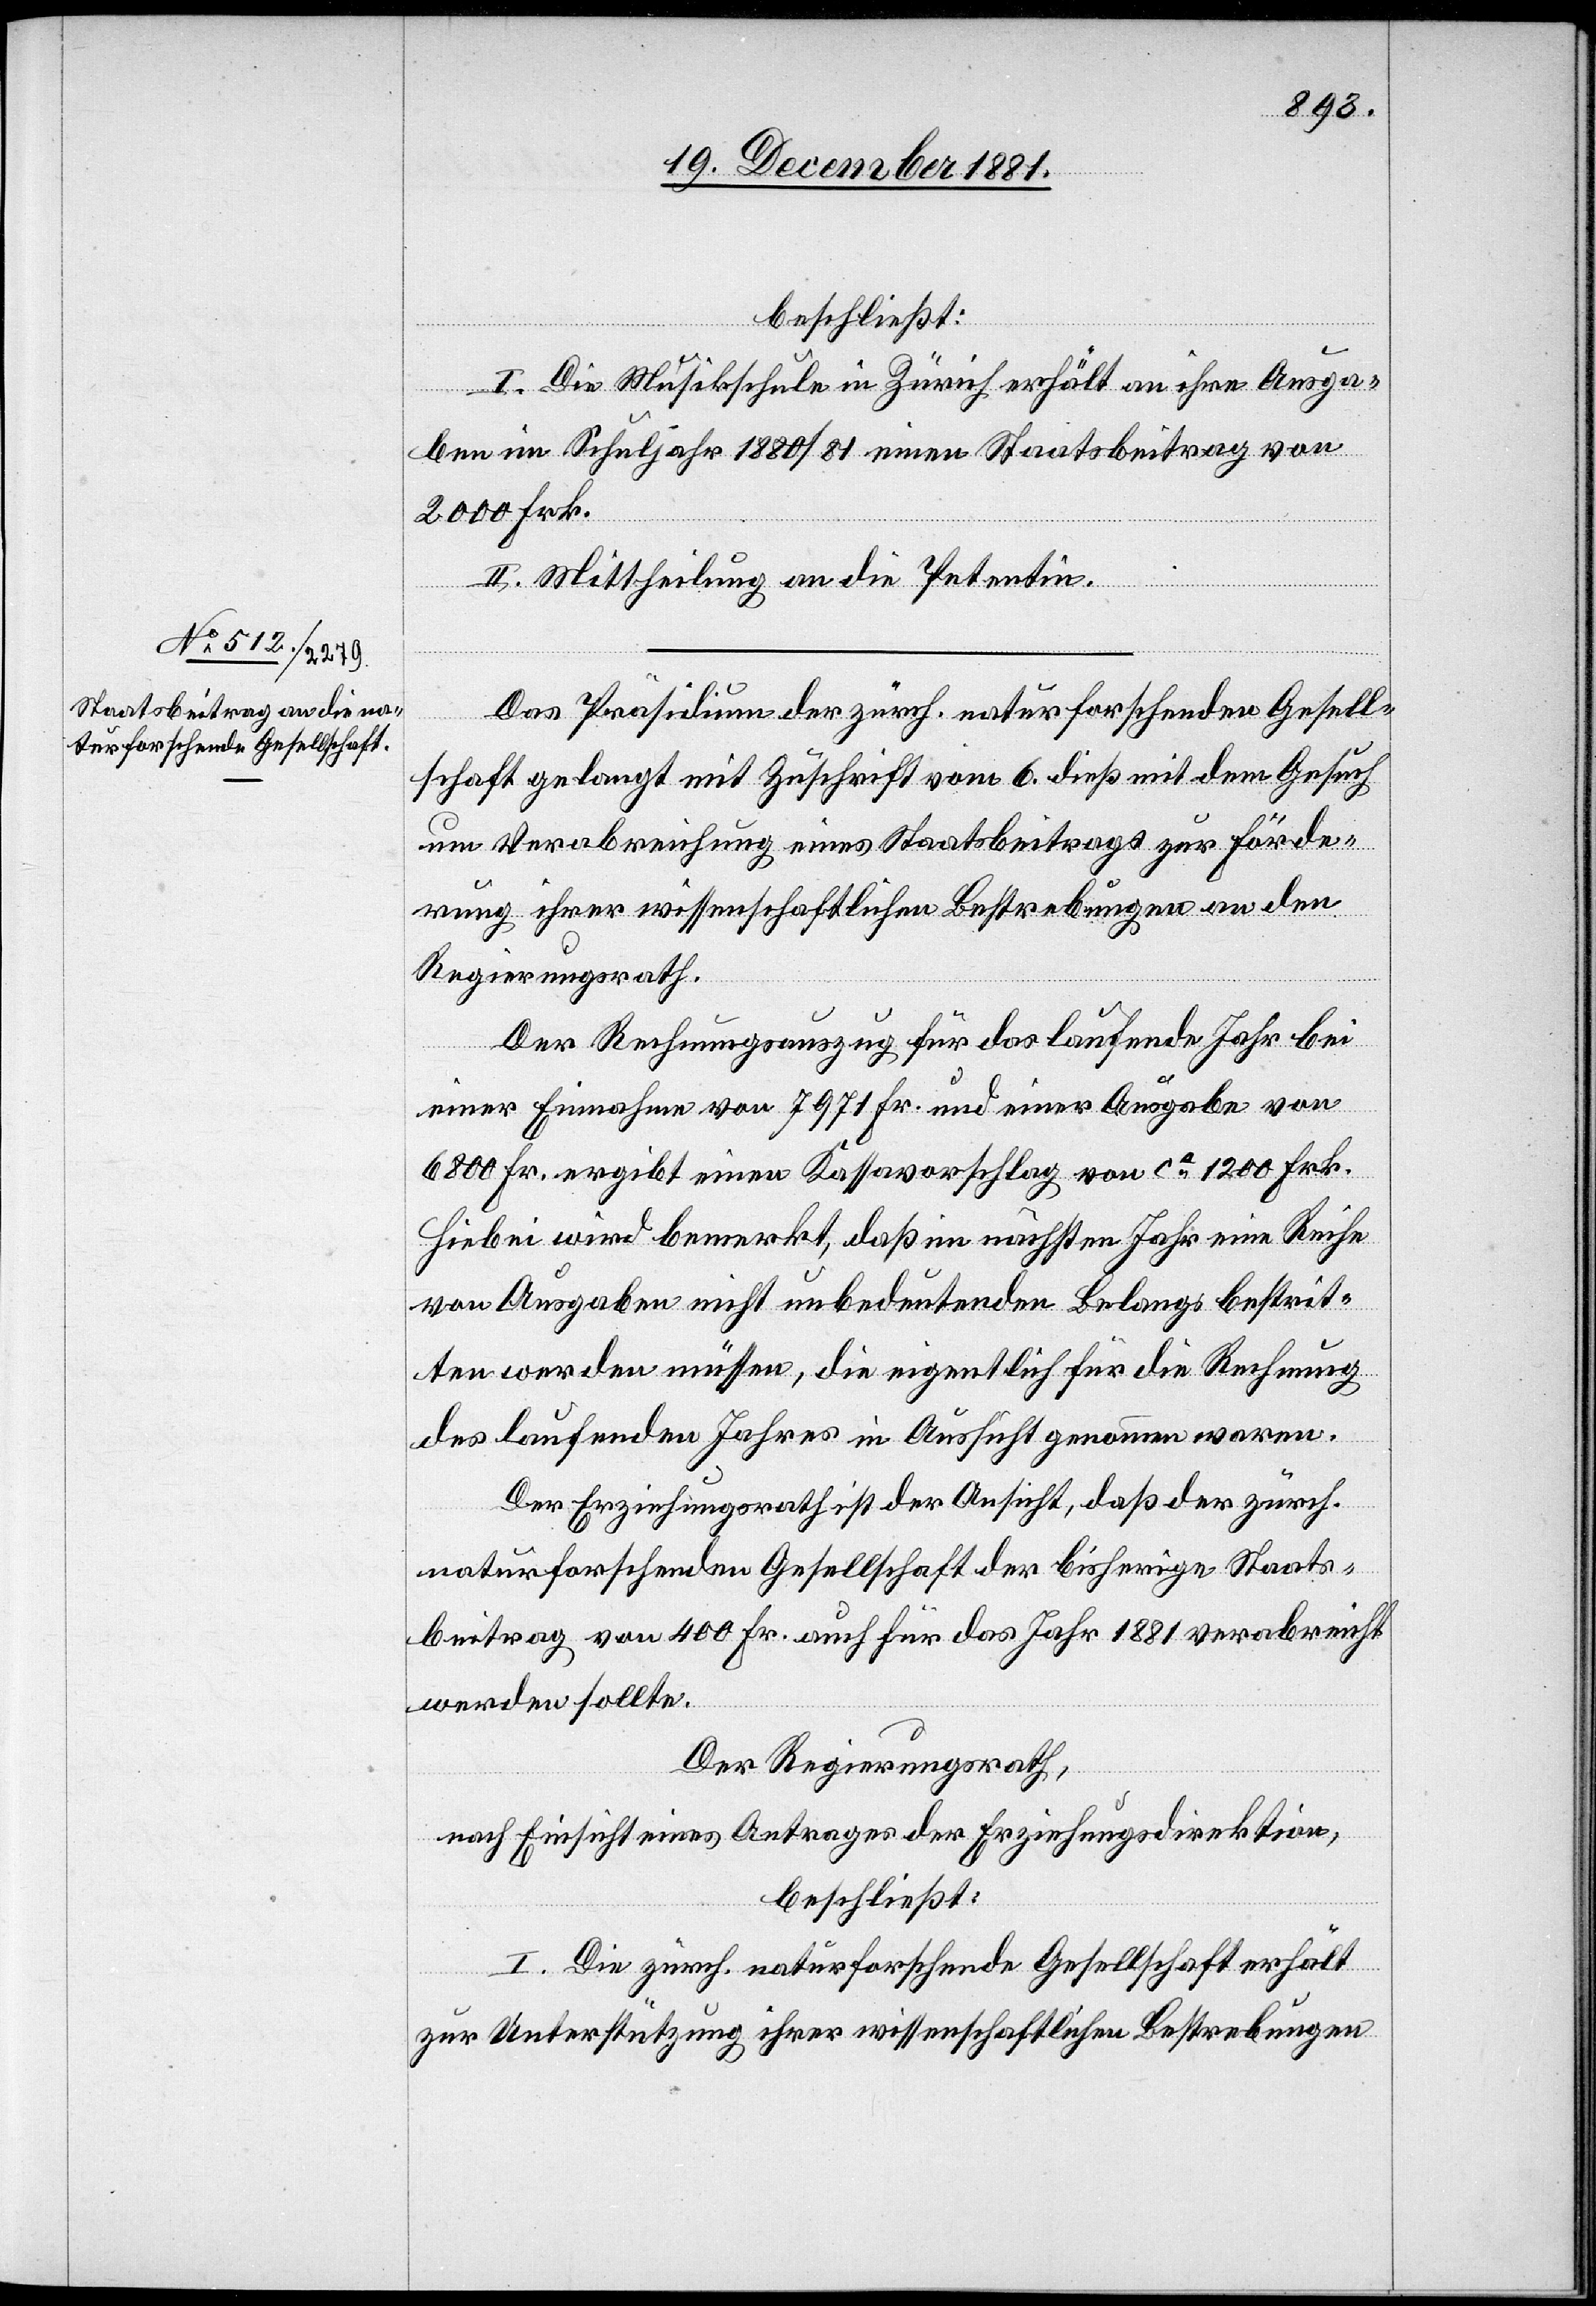
beschließt:
I. Die Musikschule in Zürich erhält an ihre Ausga¬
ben im Schuljahr 1880/81 einen Staatsbeitrag von
2000 Frk.
II. Mittheilung an die Petentin.
Das Präsidium der zürch. naturforschenden Gesell¬
schaft gelangt mit Zuschrift vom 6. dieß mit dem Gesuch
um Verabreichung eines Staatsbeitrages zur Förde¬
rung ihrer wissenschaftlichen Bestrebungen an den
Regierungsrath.
Der Rechnungsauszug für das laufende Jahr bei
einer Einnahme von 7971 Fr. und einer Ausgabe von
6800 Fr. ergibt einen Kassavorschlag von ca 1200 Frk.
Hiebei wird bemerkt, daß im nächsten Jahr eine Reihe
von Ausgaben nicht unbedeutenden Belangs bestrit¬
ten werden müssen, die eigentlich für die Rechnung
des laufenden Jahres in Aussicht genommen waren.
Der Erziehungsrath ist der Ansicht, daß der zürch.
naturforschenden Gesellschaft der bisherige Staats¬
beitrag von 400 Fr. auch für das Jahr 1881 verabreicht
werden sollte.
Der Regierungsrath,
nach Einsicht eines Antrages der Erziehungsdirektion,
beschließt:
I. Die zürch. naturforschende Gesellschaft erhält
zur Unterstützung ihrer wissenschaftlichen Bestrebungen